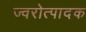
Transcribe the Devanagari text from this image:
ज्वरोत्पादक